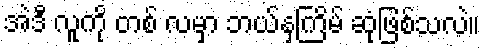
အဲဒီ လူကို တစ် လမှာ ဘယ်နှကြိမ် ဆုံဖြစ်သလဲ။